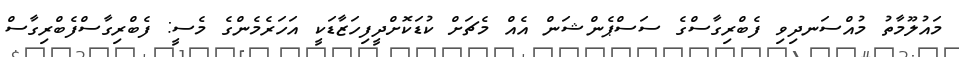
މައުލޫމާތު މުއްސަނދިވި ފެބްރިގާސްގެ ސަސްޕެންޝަން އެއް މެޗަށް ކުޑަކޮށްދީފިހަޒާޑަކީ އަހަރެމެންގެ މެސީ: ފެބްރިގާސްފެބްރިގާސް